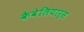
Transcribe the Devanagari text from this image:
कैवेलियार्स